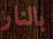
بالنار